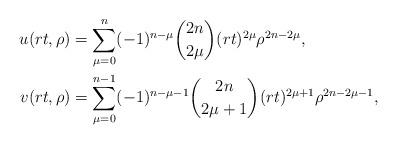
LaTeX: \begin{align*}u(rt,\rho)&=\sum_{\mu=0}^{n}(-1)^{n-\mu}\binom{2n}{2\mu}(rt)^{2\mu}\rho^{2n-2\mu},\\v(rt,\rho)&=\sum_{\mu=0}^{n-1}(-1)^{n-\mu-1}\binom{2n}{2\mu+1}(rt)^{2\mu+1}\rho^{2n-2\mu-1},\end{align*}